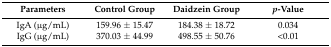
<table><thead><tr><td><b>Parameters</b></td><td><b>Control Group</b></td><td><b>Daidzein Group</b></td><td><b><i>p</i>-Value</b></td></tr></thead><tbody><tr><td>IgA (μg/mL)</td><td>159.96 ± 15.47</td><td>184.38 ± 18.72</td><td>0.034</td></tr><tr><td>IgG (μg/mL)</td><td>370.03 ± 44.99</td><td>498.55 ± 50.76</td><td>&lt;0.01</td></tr></tbody></table>